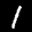
Label: 1